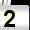
Digit: 2